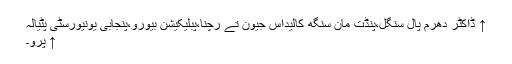
↑ ڈاکٹر دھرم پال سنگل،پنڈت مان سنگھ کالیداس جیون تے رچنا،پبلیکیشن بیورو،پنجابی یونیورسٹی پٹیالہ
↑ پرو۔